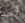
أحد